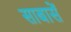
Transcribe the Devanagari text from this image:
साबासें